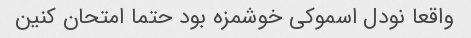
واقعا نودل اسموکی خوشمزه بود حتما امتحان کنین